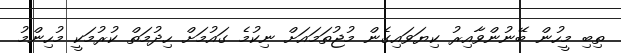
ތިބި މީހުން ބޭނުންވާއިރު ކިޔަވައިގެން މުޖުތަމައަށް ނިކުމެ ގައުމަށް ހިދުމަތް ކުރުމަކީ މުހިންމު